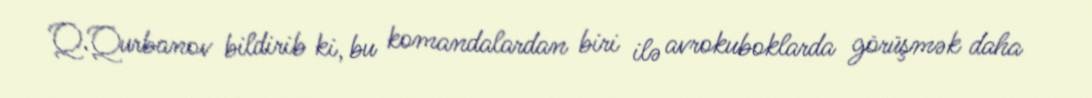
Q.Qurbanov bildirib ki, bu komandalardan biri ilə avrokuboklarda görüşmək daha